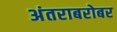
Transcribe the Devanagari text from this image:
अंतराबरोबर